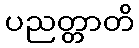
ပညတ္တာတိ